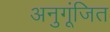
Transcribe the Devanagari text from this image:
अनुगूंजित